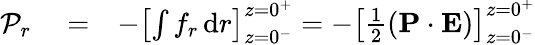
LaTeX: \begin{array}{rlr}{\mathcal{P}_{r}}&{{}=}&{-\left[\int f_{r}\, \mathrm{d}r\right]_{z=0^{-}}^{z=0^{+}}=-\left[\frac{1}{2}\left(\mathbf P\cdot\mathbf E\right)\right]_{z=0^{-}}^{z=0^{+}}}\end{array}